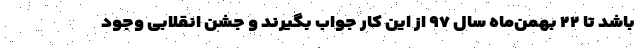
باشد تا ۲۲ بهمن‌ماه سال ۹۷ از این کار جواب بگیرند و جشن انقلابی وجود